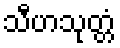
သီဟသုတ္တံ